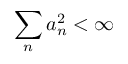
\sum _ { n } a _ { n } ^ { 2 } < \infty